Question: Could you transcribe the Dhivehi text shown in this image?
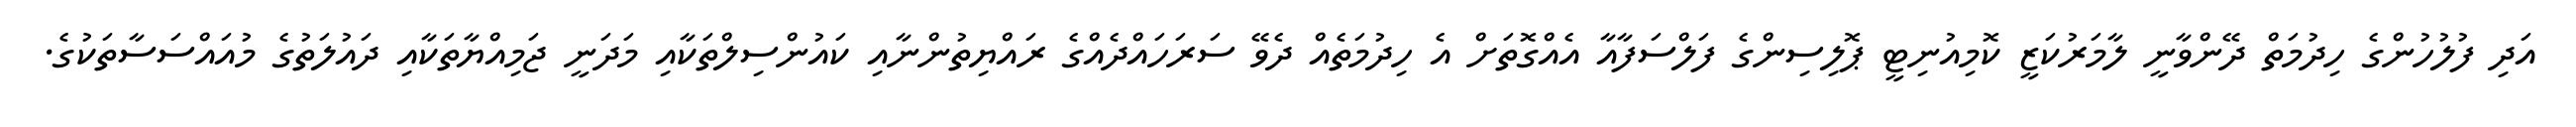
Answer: އަދި ފުލުހުންގެ ހިދުމަތް ދޭންވާނީ ލާމަރުކަޒީ ކޮމިއުނިޓީ ޕޮލިސިންގެ ފަލްސަފާއާ އެއްގޮތަށް އެ ހިދުމަތެއް ދެވޭ ސަރަހައްދެއްގެ ރައްޔިތުންނާއި ކައުންސިލްތަކާއި މަދަނީ ޖަމިއްޔާތަކާއި ދައުލަތުގެ މުއައްސަސާތަކުގެ.